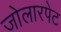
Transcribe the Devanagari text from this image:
जोलारपेट